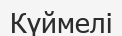
Күймелі